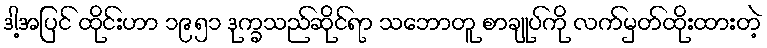
ဒါ့အပြင် ထိုင်းဟာ ၁၉၅၁ ဒုက္ခသည်ဆိုင်ရာ သဘောတူ စာချုပ်ကို လက်မှတ်ထိုးထားတဲ့